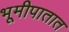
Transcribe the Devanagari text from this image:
भूमीपातात